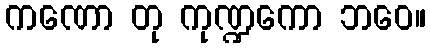
ကဏော တု ကုဏ္ဍကော ဘဝေ။